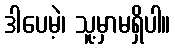
ဒါပေမဲ့၊ သူ့မှာမရှိပါ။